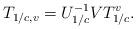
LaTeX: \begin{align*}T_{1/c, v} = U_{1/c}^{-1} V T_{1/c}^v.\end{align*}